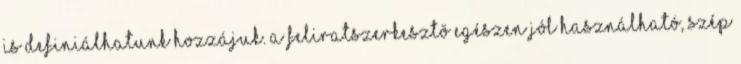
is definiálhatunk hozzájuk. A feliratszerkesztõ egészen jól használható, szép